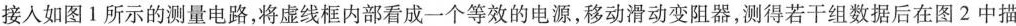
接人如图1所示的测量电路，将虚线框内部看成一个等效的电源，移动滑动变阻器，测得若干组数据后在图2中描